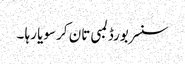
سنسر بورڈ لمبی تان کر سویا رہا ۔